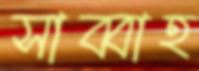
সাব্বাহ